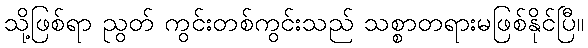
သို့ဖြစ်ရာ ညွတ် ကွင်းတစ်ကွင်းသည် သစ္စာတရားမဖြစ်နိုင်ပြီ။